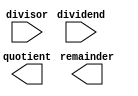
module PipelineDivider (
    input wire [31:0] dividend,
    input wire [31:0] divisor,
    output wire [31:0] quotient,
    output wire [31:0] remainder
);

// Define your arithmetic blocks here
// Each block should perform a specific operation

// Perform division operation using pipelined blocks
// Implement the division algorithm here

endmodule